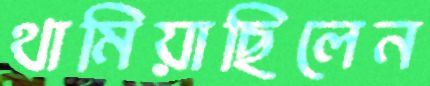
থামিয়াছিলেন